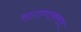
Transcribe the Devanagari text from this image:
सांगण्याकरता